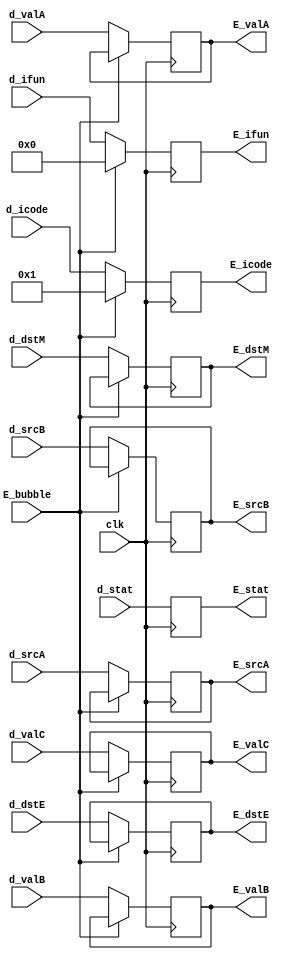
module rexecute(clk, E_bubble, d_stat, d_icode, d_ifun, d_valC, d_valA, d_valB, d_dstE, d_dstM, d_srcA, d_srcB, E_stat, E_icode, E_ifun, E_valC, E_valA, E_valB, E_dstE, E_dstM, E_srcA, E_srcB);
    
    input clk, E_bubble;
    input [3:0] d_stat;
    input [3:0] d_icode, d_ifun;
    input [63:0] d_valC, d_valA, d_valB;
    input [3:0] d_dstE, d_dstM, d_srcA, d_srcB;
    output reg [3:0] E_stat;
    output reg [3:0] E_icode, E_ifun;
    output reg [63:0] E_valC, E_valA, E_valB;    
    output reg [3:0] E_dstE, E_dstM, E_srcA, E_srcB;

    always @(posedge clk) begin
        
        if (E_bubble) begin
            E_stat <= d_stat;
            E_icode <= 1;
            E_ifun <= 0;
        end
        else begin
            E_stat <= d_stat;
            E_icode <= d_icode;
            E_ifun <= d_ifun;
            E_valA <= d_valA;
            E_valB <= d_valB;
            E_valC <= d_valC;
            E_dstE <= d_dstE;
            E_dstM <= d_dstM;
            E_srcA <= d_srcA;
            E_srcB <= d_srcB;
        end
        
    end

endmodule